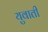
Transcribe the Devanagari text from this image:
युवाती